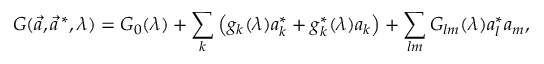
G ( \vec { a } , \vec { a } ^ { \, * } , \lambda ) = G _ { 0 } ( \lambda ) + \sum _ { k } \left( g _ { k } ( \lambda ) a _ { k } ^ { * } + g _ { k } ^ { * } ( \lambda ) a _ { k } \right) + \sum _ { l m } G _ { l m } ( \lambda ) a _ { l } ^ { * } a _ { m } ,